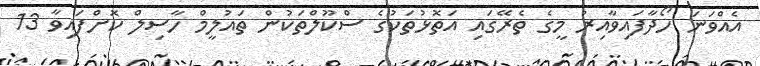
އެއްވަނަ ހޯދާފައިވާއިރު މީގެ ތެރޭގައި އަތޮޅުތަކުގެ ސްކޫލްތަކުން ތައުލީމް ހާސިލް ކޮށްފައިވާ 13